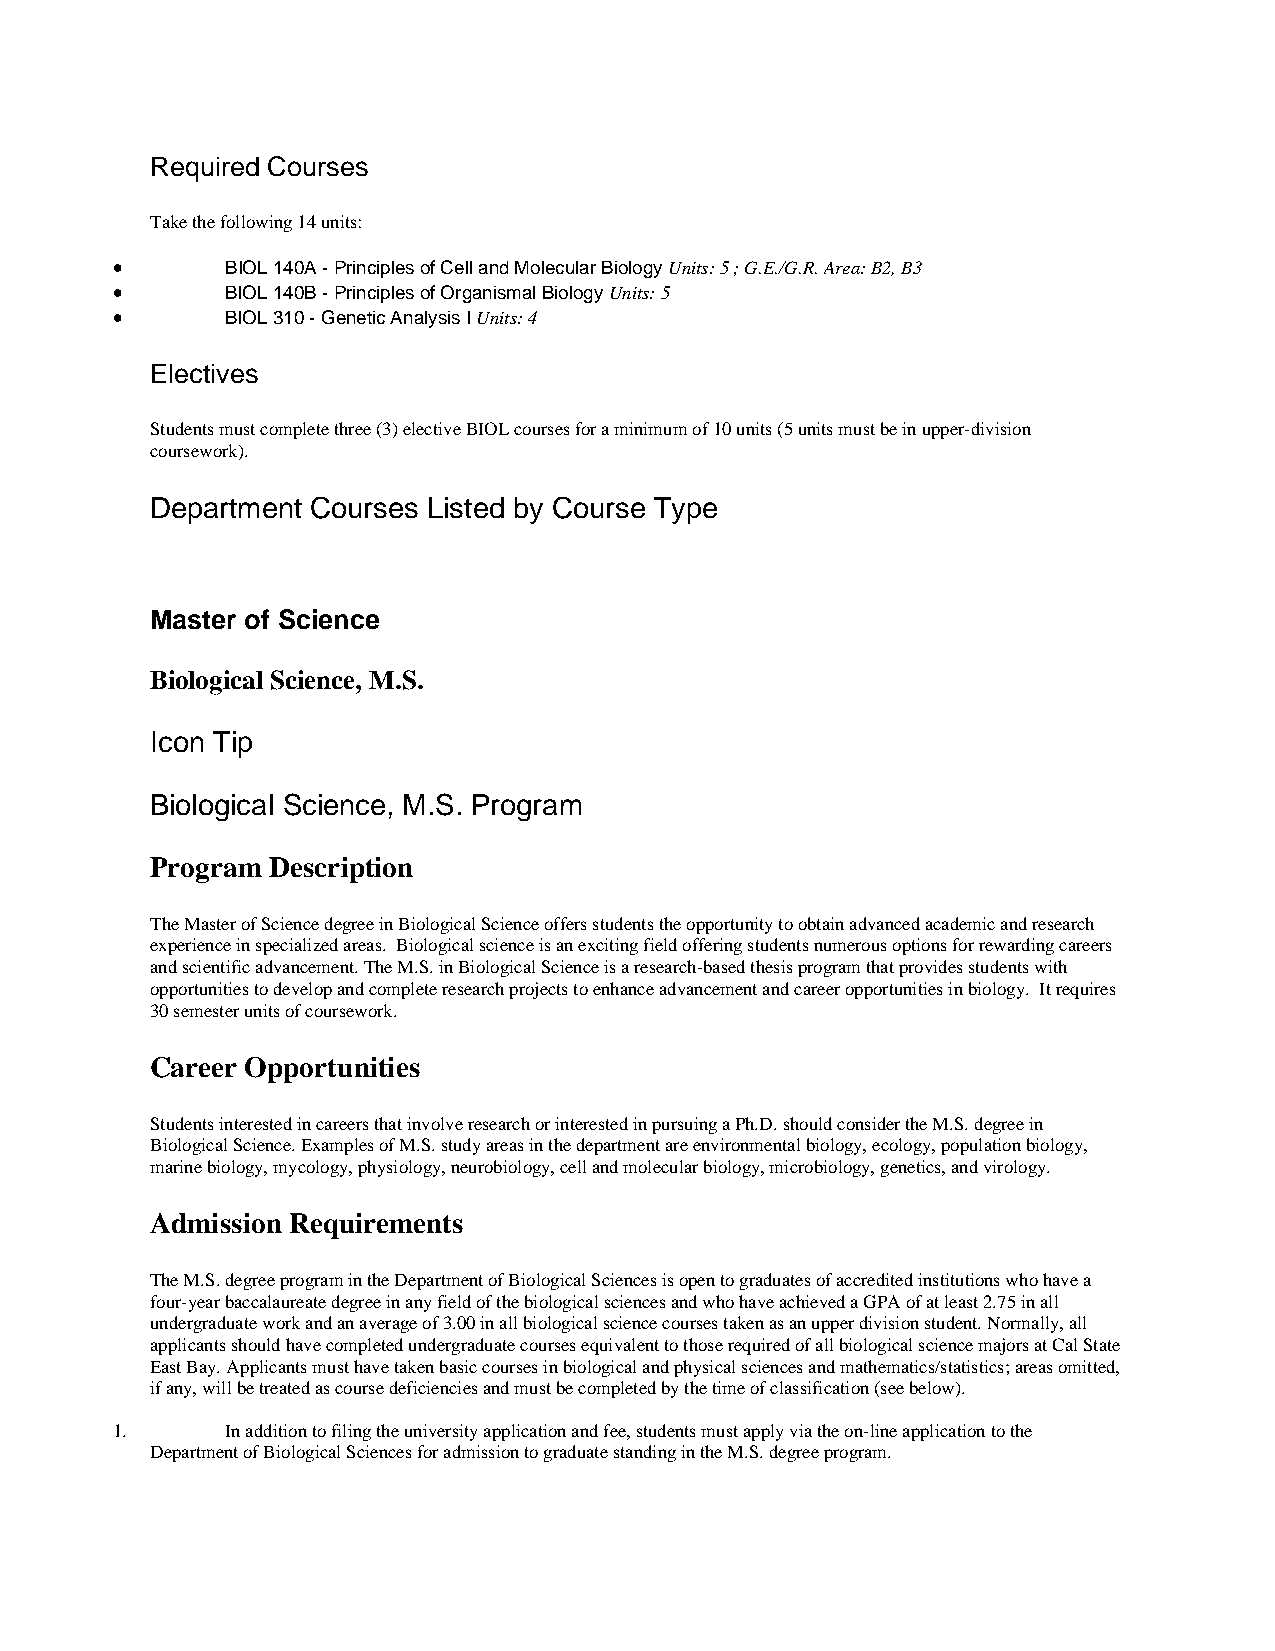
Required Courses
 Take the following 14 units:
 •       BIOL 140A - Principles of Cell and Molecular Biology Units: 5 ; G.E./G.R. Area: B2, B3
 •       BIOL 140B - Principles of Organismal Biology Units: 5
 •       BIOL 310 - Genetic Analysis I Units: 4
 Electives
 Students must complete three (3) elective BIOL courses for a minimum of 10 units (5 units must be in upper-division
 coursework).
 Department Courses Listed by Course Type
 Master of Science
 Biological Science, M.S.
 Icon Tip
 Biological Science, M.S. Program
 Program Description
 The Master of Science degree in Biological Science offers students the opportunity to obtain advanced academic and research
 experience in specialized areas. Biological science is an exciting field offering students numerous options for rewarding careers
 and scientific advancement. The M.S. in Biological Science is a research-based thesis program that provides students with
 opportunities to develop and complete research projects to enhance advancement and career opportunities in biology. It requires
 30 semester units of coursework.
 Career Opportunities
 Students interested in careers that involve research or interested in pursuing a Ph.D. should consider the M.S. degree in
 Biological Science. Examples of M.S. study areas in the department are environmental biology, ecology, population biology,
 marine biology, mycology, physiology, neurobiology, cell and molecular biology, microbiology, genetics, and virology.
 Admission Requirements
 The M.S. degree program in the Department of Biological Sciences is open to graduates of accredited institutions who have a
 four-year baccalaureate degree in any field of the biological sciences and who have achieved a GPA of at least 2.75 in all
 undergraduate work and an average of 3.00 in all biological science courses taken as an upper division student. Normally, all
 applicants should have completed undergraduate courses equivalent to those required of all biological science majors at Cal State
 East Bay. Applicants must have taken basic courses in biological and physical sciences and mathematics/statistics; areas omitted,
 if any, will be treated as course deficiencies and must be completed by the time of classification (see below).
 1.      In addition to filing the university application and fee, students must apply via the on-line application to the
 Department of Biological Sciences for admission to graduate standing in the M.S. degree program.